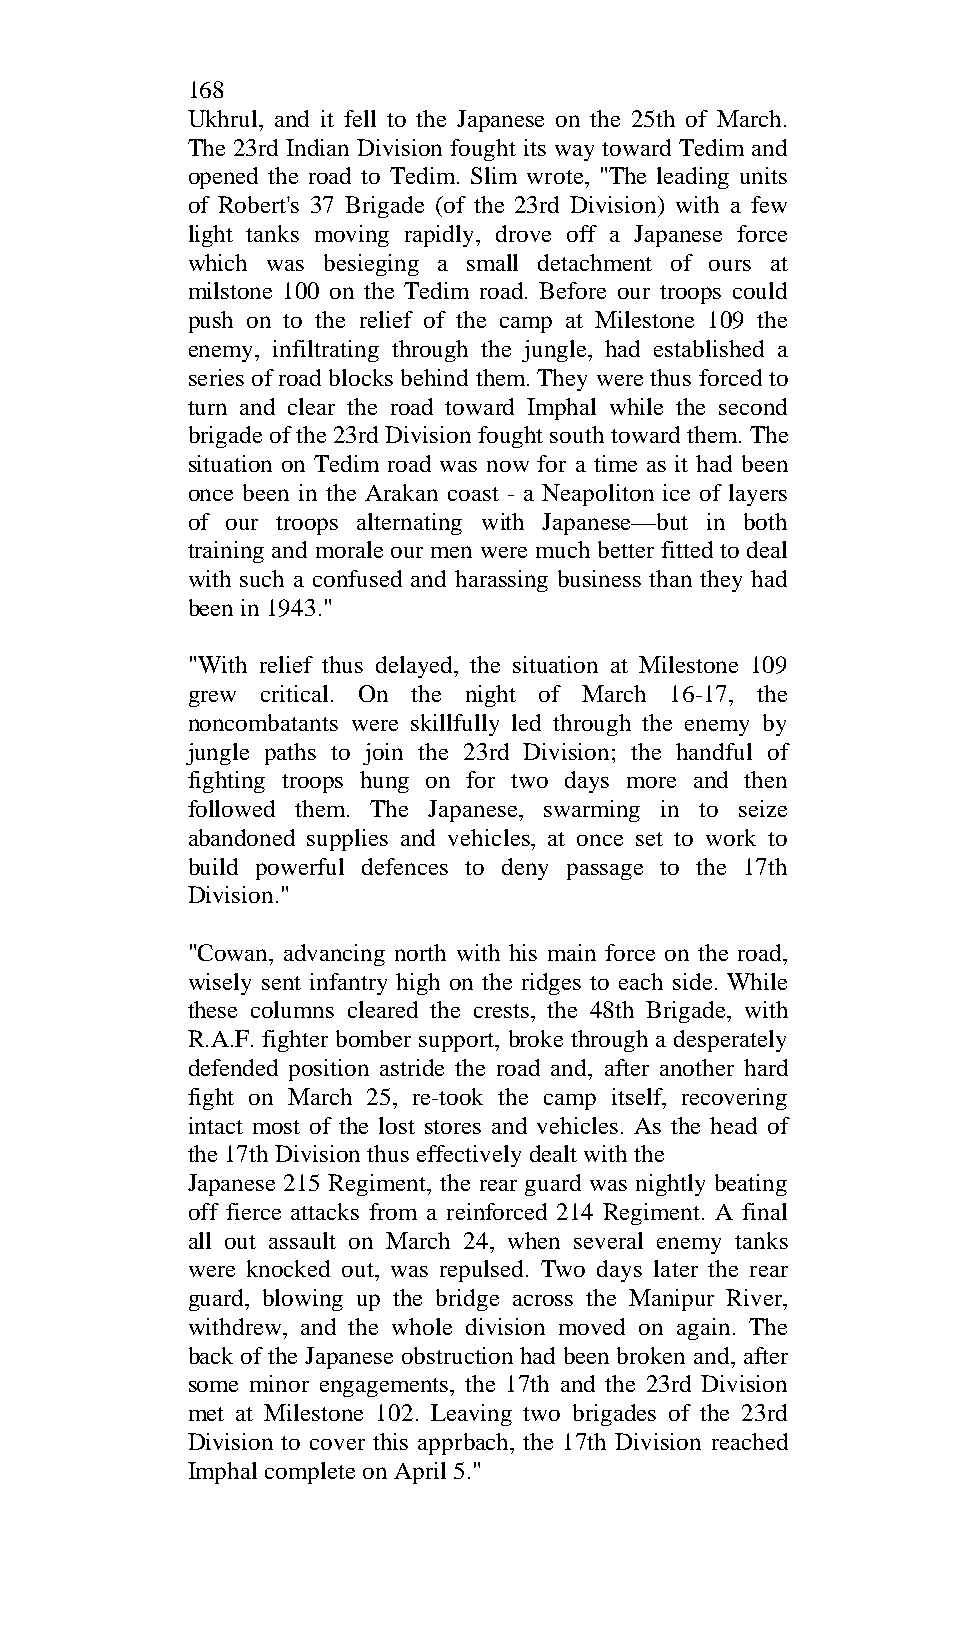
168
 Ukhrul, and it fell to the Japanese on the 25th of March.
 The 23rd Indian Division fought its way toward Tedim and
 opened the road to Tedim. Slim wrote, "The leading units
 of Robert's 37 Brigade (of the 23rd Division) with a few
 light tanks moving rapidly, drove off a Japanese force
 which was besieging a small detachment of ours at
 milstone 100 on the Tedim road. Before our troops could
 push on to the relief of the camp at Milestone 109 the
 enemy, infiltrating through the jungle, had established a
 series of road blocks behind them. They were thus forced to
 turn and clear the road toward Imphal while the second
 brigade of the 23rd Division fought south toward them. The
 situation on Tedim road was now for a time as it had been
 once been in the Arakan coast - a Neapoliton ice of layers
 of our troops alternating with Japanese—but in both
 training and morale our men were much better fitted to deal
 with such a confused and harassing business than they had
 been in 1943."
 "With relief thus delayed, the situation at Milestone 109
 grew critical. On the night of March 16-17, the
 noncombatants were skillfully led through the enemy by
 jungle paths to join the 23rd Division; the handful of
 fighting troops hung on for two days more and then
 followed them. The Japanese, swarming in to seize
 abandoned supplies and vehicles, at once set to work to
 build powerful defences to deny passage to the 17th
 Division."
 "Cowan, advancing north with his main force on the road,
 wisely sent infantry high on the ridges to each side. While
 these columns cleared the crests, the 48th Brigade, with
 R.A.F. fighter bomber support, broke through a desperately
 defended position astride the road and, after another hard
 fight on March 25, re-took the camp itself, recovering
 intact most of the lost stores and vehicles. As the head of
 the 17th Division thus effectively dealt with the
 Japanese 215 Regiment, the rear guard was nightly beating
 off fierce attacks from a reinforced 214 Regiment. A final
 all out assault on March 24, when several enemy tanks
 were knocked out, was repulsed. Two days later the rear
 guard, blowing up the bridge across the Manipur River,
 withdrew, and the whole division moved on again. The
 back of the Japanese obstruction had been broken and, after
 some minor engagements, the 17th and the 23rd Division
 met at Milestone 102. Leaving two brigades of the 23rd
 Division to cover this apprbach, the 17th Division reached
 Imphal complete on April 5."